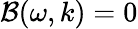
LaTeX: \mathcal{B}(\omega,k)=0